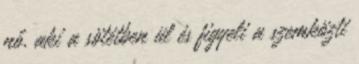
nő, aki a sötétben ül és figyeli a szemközti